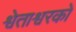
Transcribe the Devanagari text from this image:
श्वेताश्वरको